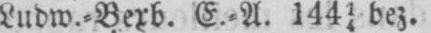
Ludw.⸗Berb. E.⸗A. 14414 bez.